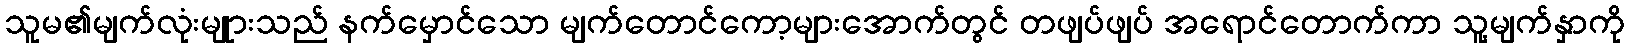
သူမ၏မျက်လုံးမျုားသည် နက်မှောင်သော မျက်တောင်ကော့များအောက်တွင် တဖျပ်ဖျပ် အရောင်တောက်ကာ သူ့မျက်နှာကို